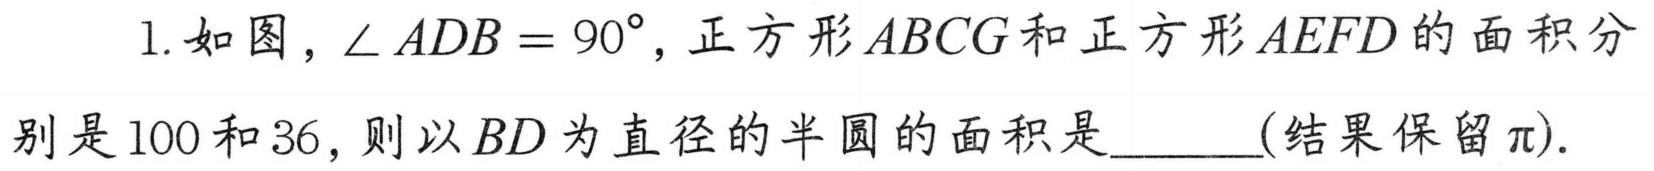
1. 如图，\(\angle ADB = 90^{\circ}\)，正方形\(ABCG\)和正方形\(AEFD\)的面积分别是100和36，则以\(BD\)为直径的半圆的面积是 (结果保留\(\pi\)).